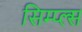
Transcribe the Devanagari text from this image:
सिम्प्ल्स